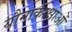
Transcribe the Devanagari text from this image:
यौनाकांक्षाओं